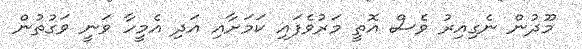
މޫދުން ނެގިއިރު ވެސް އޮތީ މަރުވެފައި ކަމަށާއި އަދި އެމީހާ ވަނީ ވަގުތުން